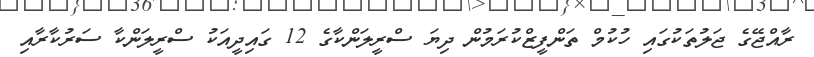
ރާއްޖޭގެ ޖަލުތަކުގައި ހުކުމް ތަންފީޒްކުރަމުން ދިޔަ ސްރީލަންކާގެ 12 ގައިދީއަކު ސްރީލަންކާ ސަރުކާރާއި